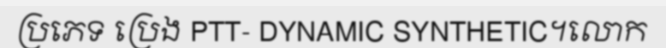
ប្រភេទ ប្រេង PTT- DYNAMIC SYNTHETIC។លោក